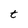
Character: t